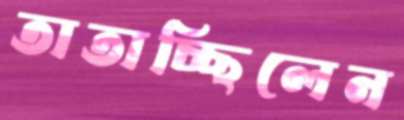
তাতাচ্ছিলেন